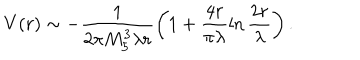
V ( r ) \sim - \frac { 1 } { 2 \pi M _ { 5 } ^ { 3 } \lambda r } \left( 1 + \frac { 4 r } { \pi \lambda } \ln \frac { 2 r } { \lambda } \right) .